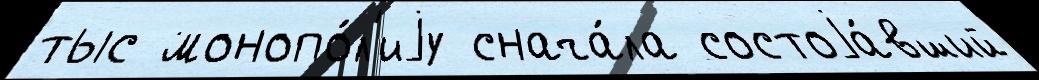
тыс монопо́л'иjу снача́ла состоjа́вший